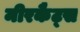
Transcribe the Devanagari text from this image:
मीरकैट्स